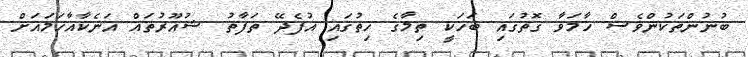
ބުނުންތަކުންވެސް ހާމަވާ ގޮތުގައި ބަހަކީ ތިމާގެ ހިތުގައި އުފެދޭ ތަފާތު ޝުއޫރުތައް އަނެކާއާހަމައަށް